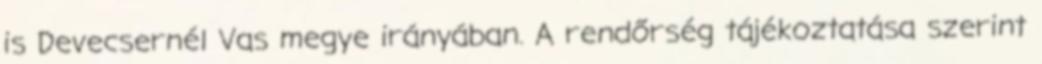
is Devecsernél Vas megye irányában. A rendőrség tájékoztatása szerint